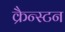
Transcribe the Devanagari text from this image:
क्रैन्स्टन